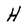
Character: H